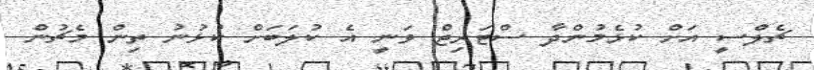
ޗެލްސީ އަށް ކުޅެމުންދާ ސްޓަރިޖް ވަނީ އެ ކުލަބަށް ކުޅުނު ތިން މެޗުން